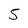
Character: 5